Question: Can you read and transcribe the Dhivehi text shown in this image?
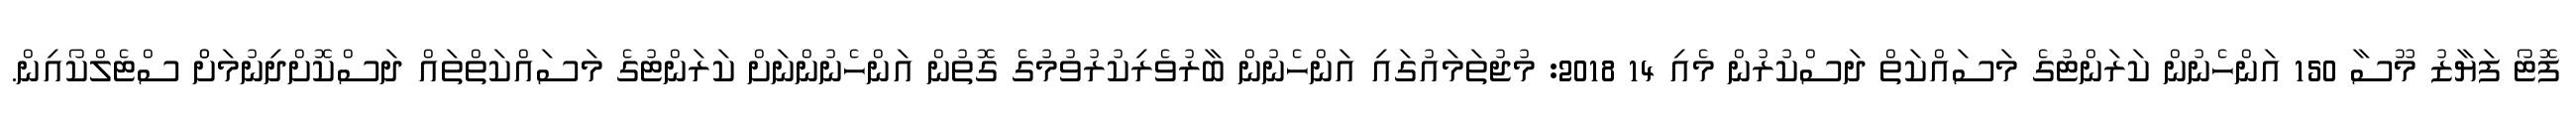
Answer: ފޮޓޯ ފަޔާޒު މޫސާ 150 އަންހެނުން ކަރަންޓުގެ މަސައްކަތް ދަސްކުރުން މެއި 14 2018: މުޖުތަމައުގައި އަންހެނުން ބާރުވެރިކުރުވުމުގެ ގޮތުން އަންހެނުންނަށް ކަރަންޓުގެ މަސައްކަތްތައް ދަސްކޮށްދިނުމަށްް ސްޓެލްކޯއިން.